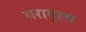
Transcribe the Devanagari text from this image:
वरामुला